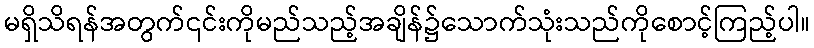
မရှိသိရန်အတွက်၎င်းကိုမည်သည့်အချိန်၌သောက်သုံးသည်ကိုစောင့်ကြည့်ပါ။